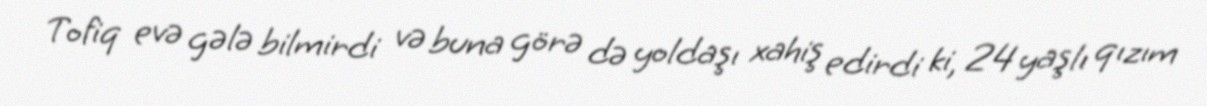
Tofiq evə gələ bilmirdi və buna görə də yoldaşı xahiş edirdi ki, 24 yaşlı qızım